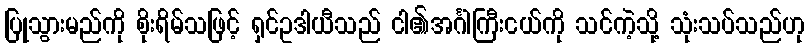
ပြုသွားမည်ကို စိုးရိမ်သဖြင့် ရှင်ဥဒါယီသည် ငါ၏အင်္ဂါကြီးငယ်ကို သင်ကဲ့သို့ သုံးသပ်သည်ဟု